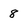
Character: 8